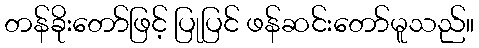
တန်ခိုးတော်ဖြင့် ပြုပြင် ဖန်ဆင်းတော်မူသည်။